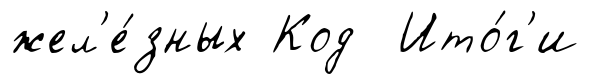
жел'е́зных Код Ито́г'и